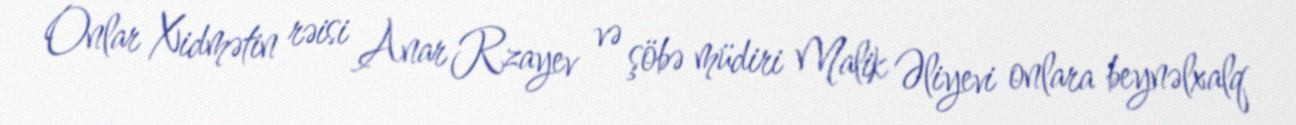
Onlar Xidmətin rəisi Anar Rzayev və şöbə müdiri Malik Əliyevi onlara beynəlxalq